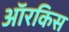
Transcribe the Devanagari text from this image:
ऑरकिस